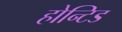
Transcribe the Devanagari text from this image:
होन्टिड